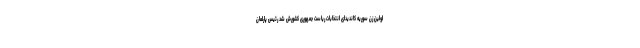
اولین زن سوریه کاندیدای انتخابات ریاست جمهوری کشورش شد رئیس پارلمان